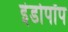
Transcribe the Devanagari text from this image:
इंडोपॉप